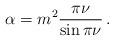
LaTeX: \begin{align*}\alpha =m^{2}\frac{\pi \nu }{\sin \pi \nu }\,. \end{align*}